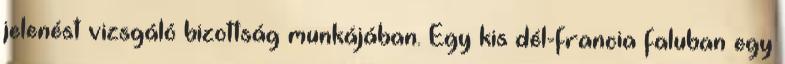
jelenést vizsgáló bizottság munkájában. Egy kis dél-francia faluban egy